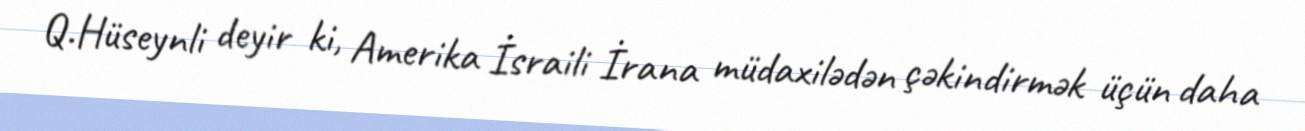
Q.Hüseynli deyir ki, Amerika İsraili İrana müdaxilədən çəkindirmək üçün daha